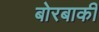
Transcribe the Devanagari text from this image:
बोरबाकी